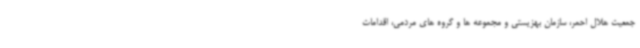
جمعیت هلال احمر، سازمان بهزیستی و مجموعه ها و گروه های مردمی، اقدامات